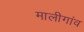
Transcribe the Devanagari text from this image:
मालीगांव